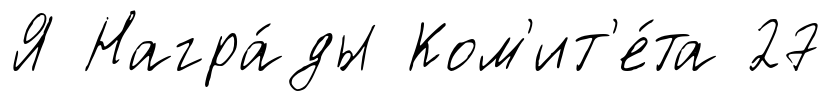
Я Награ́ды Ком'ит'е́та 27